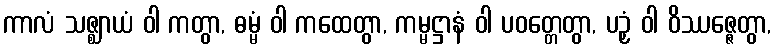
ကာလံ သဇ္ဈာယံ ဝါ ကတွာ, ဓမ္မံ ဝါ ကထေတွာ, ကမ္မဋ္ဌာနံ ဝါ ပဝတ္တေတွာ, ပဉှံ ဝါ ဝိဿဇ္ဇေတွာ,